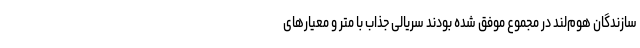
سازندگان هوم‌لند در مجموع موفق شده بودند سریالی جذاب با متر و معیارهای